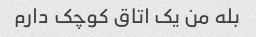
بله من یک اتاق کوچک دارم